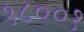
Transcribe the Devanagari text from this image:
१८००१